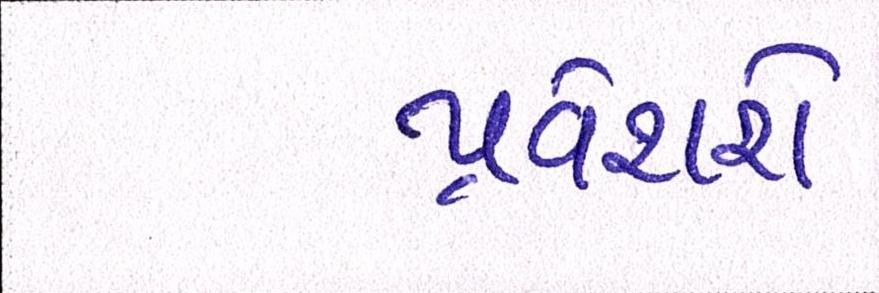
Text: પ્રવેશશે